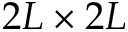
2 L \times 2 L